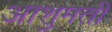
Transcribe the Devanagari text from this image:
आशुमती